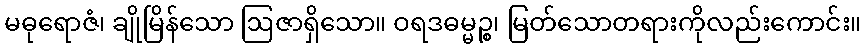
မဓုရောဇံ၊ ချိုမြိန်သော ဩဇာရှိသော။ ဝရဒဓမ္မဉ္စ၊ မြတ်သောတရားကိုလည်းကောင်း။